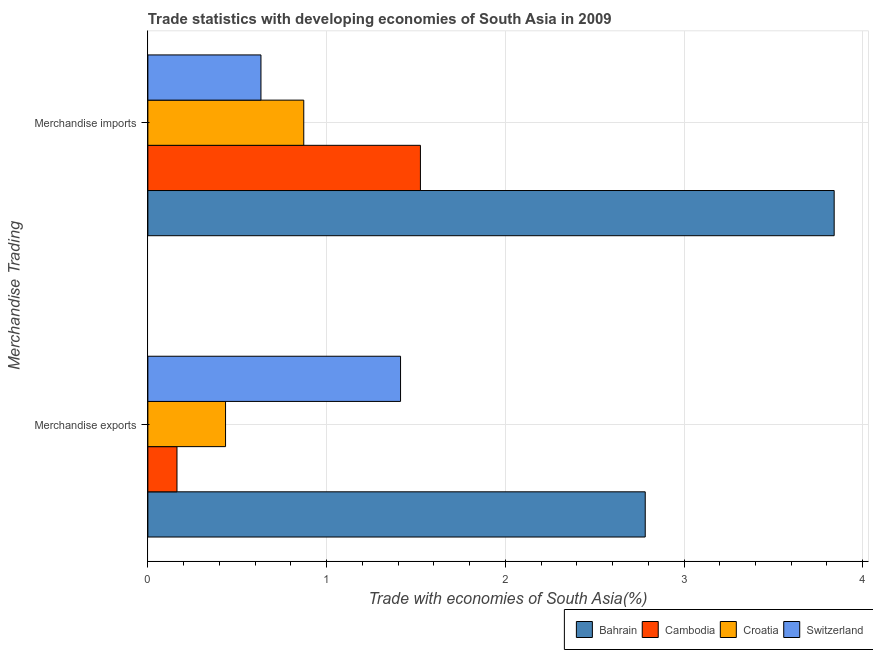
| Merchandise Trading | Bahrain | Cambodia | Croatia | Switzerland |
 | --- | --- | --- | --- | --- |
 | Merchandise exports | 2.78 | 0.163 | 0.435 | 1.41 |
 | Merchandise imports | 3.84 | 1.53 | 0.872 | 0.633 |